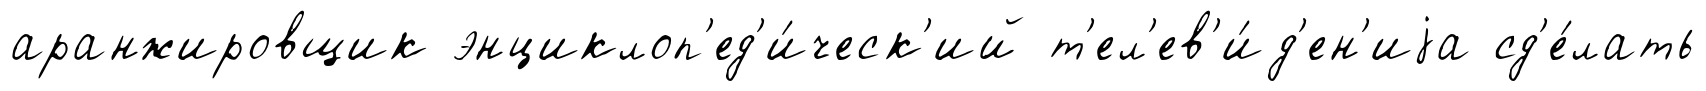
аранжировщик энциклоп'ед'и́ческ'ий т'ел'ев'и́д'ен'иjа сд'е́лать